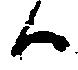
ハ